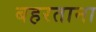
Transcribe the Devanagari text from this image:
बहरताना